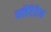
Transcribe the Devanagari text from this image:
क्लैंरेंडेन